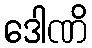
ဒေါဏိ